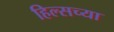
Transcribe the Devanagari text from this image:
हिल्सच्या